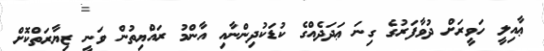
ޢާއިލީ ހަވީރަށް ދުވާފަރުގެ ގިނަ ޢަދަދެއްގެ ކުޑަކުދިންނާއި އާންމު ރައްޔިތުން ވަނީ ޒިޔާރަތްކޮށް